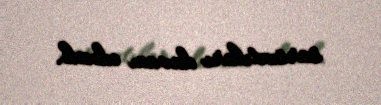
sarsıntıları davam edəcək.